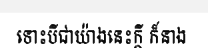
ទោះបីជាយ៉ាងនេះក្តី ក៏នាង